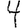
Digit: 4